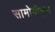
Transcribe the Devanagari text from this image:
सामोयीड्स